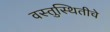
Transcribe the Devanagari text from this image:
वस्तुस्थितीचे